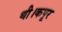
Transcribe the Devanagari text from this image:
थी।कपूर